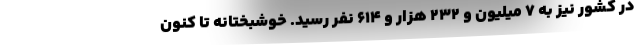
در کشور نیز به ۷ میلیون و ۲۳۲ هزار و ۶۱۴ نفر رسید. خوشبختانه تا کنون